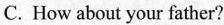
C. How about your father?